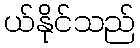
ယ်နိုင်သည်